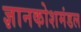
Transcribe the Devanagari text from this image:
ज्ञानकोशमंडल